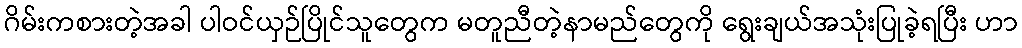
ဂိမ်းကစားတဲ့အခါ ပါဝင်ယှဉ်ပြိုင်သူတွေက မတူညီတဲ့နာမည်တွေကို ရွေးချယ်အသုံးပြုခဲ့ရပြီး ဟာ